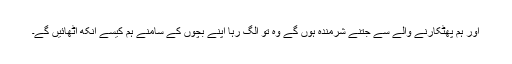
اور ہم پھٹکارنے والے سے جتنے شرمندہ ہوں گے وہ تو الگ رہا اپنے بچوں کے سامنے ہم کیسے آنکھ اٹھائیں گے۔